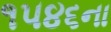
૧૫૪૬ના